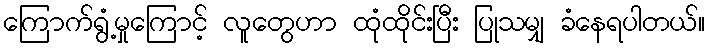
ကြောက်ရွံ့မှုကြောင့် လူတွေဟာ ထုံထိုင်းပြီး ပြုသမျှ ခံနေရပါတယ်။